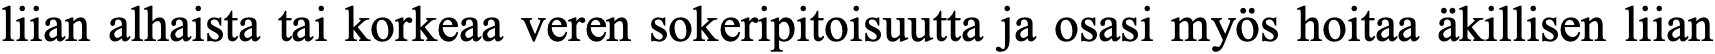
liian alhaista tai korkeaa veren sokeripitoisuutta ja osasi myös hoitaa äkillisen liian